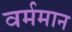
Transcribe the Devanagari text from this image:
वर्ममान